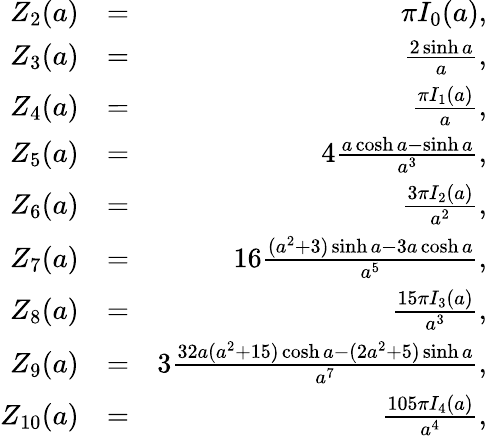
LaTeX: \begin{array}{rlr}{Z_{2}(a)}&{=}&{\pi I_{0}(a),}\\ {Z_{3}(a)}&{=}&{\frac{2\sinh a}{a},}\\ {Z_{4}(a)}&{=}&{\frac{\pi I_{1}(a)}{a},}\\ {Z_{5}(a)}&{=}&{4\frac{a\cosh a-\sinh a}{a^{3}},}\\ {Z_{6}(a)}&{=}&{\frac{3\pi I_{2}(a)}{a^{2}},}\\ {Z_{7}(a)}&{=}&{16\frac{(a^{2}+3)\sinh a-3a\cosh a}{a^{5}},}\\ {Z_{8}(a)}&{=}&{\frac{15\pi I_{3}(a)}{a^{3}},}\\ {Z_{9}(a)}&{=}&{3\frac{32a(a^{2}+15)\cosh a-(2a^{2}+5)\sinh a}{a^{7}},}\\ {Z_{10}(a)}&{=}&{\frac{105\pi I_{4}(a)}{a^{4}},}\end{array}